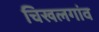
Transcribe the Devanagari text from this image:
चिखलगांव